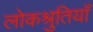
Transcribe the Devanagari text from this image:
लोकश्रुतियाँ